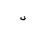
Letter: _fa